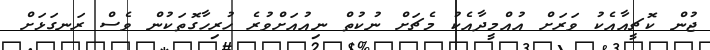
ޖުން ކޮޗީއާއެކު ވަރަށް އުއްމީދާއެކު މެޗަށް ނުކުތް ނިއުއަށްވުރެ ހުރިހާގޮތަކުން ވެސް ރަނގަޅަށް